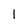
Character: 1